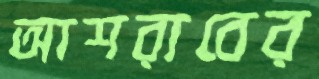
আশরাবের